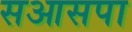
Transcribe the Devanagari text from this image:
सआसपा